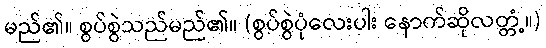
မည်၏။ စွပ်စွဲသည်မည်၏။ (စွပ်စွဲပုံလေးပါး နောက်ဆိုလတ္တံ့။)